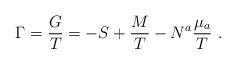
LaTeX: \begin{align*}\Gamma = { G \over T} = -S + {M \over T} -N^a { \mu _a \over T}\ .\end{align*}